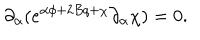
\partial _ { \alpha } ( e ^ { \alpha \phi + 2 B q + \chi } \partial _ { \alpha } \chi ) = 0 .